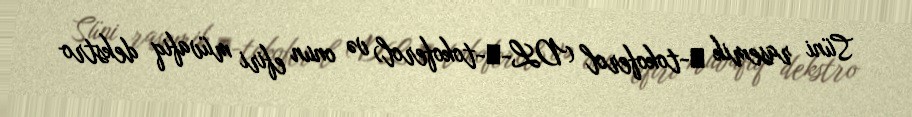
Süni rasemik α-tokoferol (DL-α-tokoferol) və onun efiri müvafiq dekstro